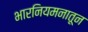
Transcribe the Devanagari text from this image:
भारनियमनातून